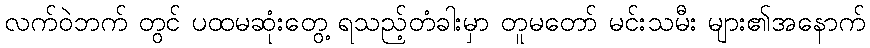
လက်ဝဲဘက် တွင် ပထမဆုံးတွေ့ ရသည့်တံခါးမှာ တူမတော် မင်းသမီး များ၏အနောက်